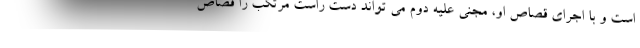
است و با اجرای قصاص او، مجنی علیه دوم می تواند دست راست مرتکب را قصاص